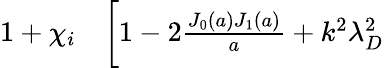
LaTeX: \begin{array}{rl}{1+\chi_{i}}&{{}\bigg[1-2\frac{J_{0}(a)J_{1}(a)}{a}+k^{2}\lambda_{D}^{2}}\end{array}